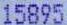
15895